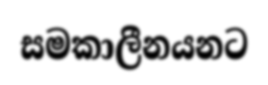
සමකාලීනයනට